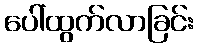
ပေါ်ထွက်လာခြင်း